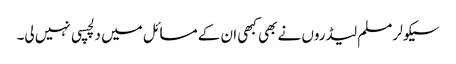
سیکولر مسلم لیڈروں نے بھی کبھی ان کے مسائل میں دلچسپی نہیں لی۔